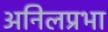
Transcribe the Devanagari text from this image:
अनिलप्रभा